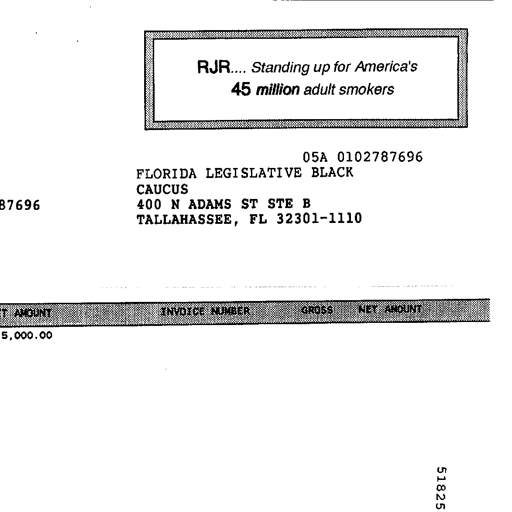
RJR.... Standing up for America's
45 million adult smokers

05A 0102787696
FLORIDA LEGISLATIVE BLACK
CAUCUS
400 N ADAMS ST STE B
TALLAHASSEE, FL 32301-1110

87696

INVOICE NUMBER GROSS NET AMOUNT
5,000.00

51825